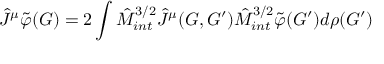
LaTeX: { \hat { J } } ^ { \mu } { \tilde { \varphi } } ( G ) = 2 \int { \hat { M } } _ { i n t } ^ { 3 / 2 } { \hat { J } } ^ { \mu } ( G , G ^ { \prime } ) { \hat { M } } _ { i n t } ^ { 3 / 2 } { \tilde { \varphi } } ( G ^ { \prime } ) d \rho ( G ^ { \prime } )